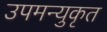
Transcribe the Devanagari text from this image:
उपमन्युकृत